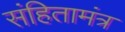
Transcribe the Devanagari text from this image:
संहितामंत्र